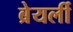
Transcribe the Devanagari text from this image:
ब्रेयर्ली